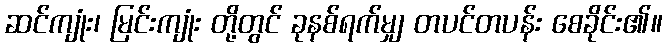
ဆင်ကျုံး၊ မြင်းကျုံး တို့တွင် ခုနစ်ရက်မျှ တပင်တပန်း စေခိုင်း၏။